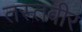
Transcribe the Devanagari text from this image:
तस्तवीर